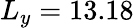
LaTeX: L_{y}=13.18